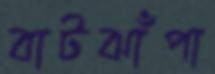
বাটঝাঁপা